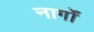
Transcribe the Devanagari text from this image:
नार्गों